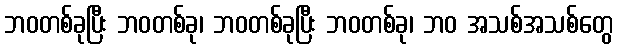
ဘဝတစ်ခုပြီး ဘဝတစ်ခု၊ ဘဝတစ်ခုပြီး ဘဝတစ်ခု၊ ဘဝ အသစ်အသစ်တွေ